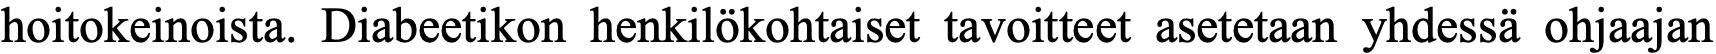
hoitokeinoista. Diabeetikon henkilökohtaiset tavoitteet asetetaan yhdessä ohjaajan